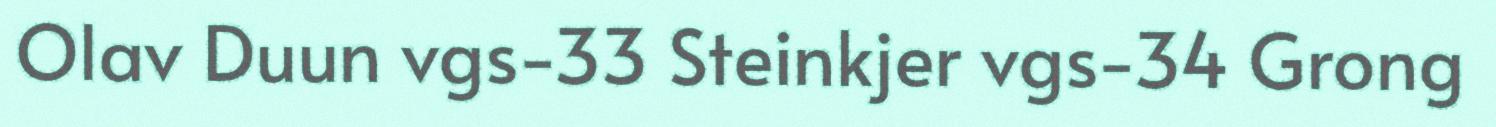
Olav Duun vgs-33 Steinkjer vgs-34 Grong